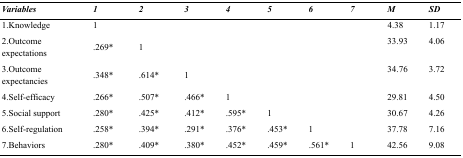
| Variables | 1 | 2 | 3 | 4 | 5 | 6 | 7 | M | SD |
 | --- | --- | --- | --- | --- | --- | --- | --- | --- | --- |
 | 1.Knowledge | 1 |  |  |  |  |  |  | 4.38 | 1.17 |
 | 2.Outcome expectations | .269* | 1 |  |  |  |  |  | 33.93 | 4.06 |
 | 3.Outcome expectancies | .348* | .614* | 1 |  |  |  |  | 34.76 | 3.72 |
 | 4.Self-efficacy | .266* | .507* | .466* | 1 |  |  |  | 29.81 | 4.50 |
 | 5.Social support | .280* | .425* | .412* | .595* | 1 |  |  | 30.67 | 4.26 |
 | 6.Self-regulation | .258* | .394* | .291* | .376* | .453* | 1 |  | 37.78 | 7.16 |
 | 7.Behaviors | .280* | .409* | .380* | .452* | .459* | .561* | 1 | 42.56 | 9.08 |